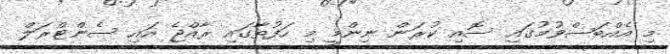
މި އެއްބަސްވުމުގައި ސޮއި ކުރަން ނިންމީ މި ހަފުތާގައި ރާއްޖެ އައި ސެންޓްރަލް